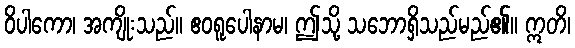
ဝိပါကော၊ အကျိုးသည်။ ဧဝရူပေါနာမ၊ ဤသို့ သဘောရှိသည်မည်၏။ ဣတိ၊